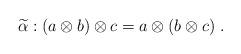
LaTeX: \begin{align*}\widetilde{\alpha}:(a\otimes b)\otimes c = a\otimes (b\otimes c)\;.\end{align*}